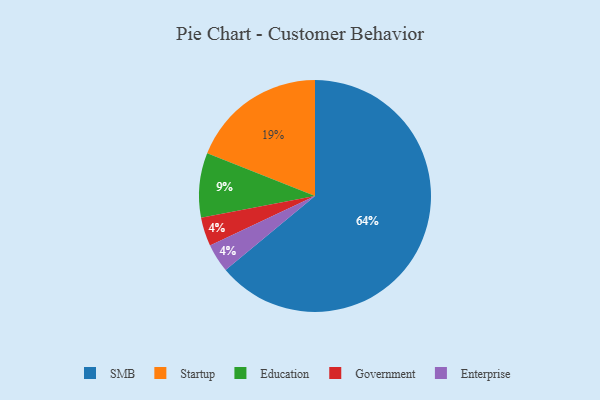
{"axis": {"x": "Category", "y": "Percentage"}, "legend": ["Education", "Enterprise", "Government", "SMB", "Startup"], "data": [{"x": "Education", "y": 9, "type": "Education"}, {"x": "SMB", "y": 64, "type": "SMB"}, {"x": "Government", "y": 4, "type": "Government"}, {"x": "Startup", "y": 19, "type": "Startup"}, {"x": "Enterprise", "y": 4, "type": "Enterprise"}]}